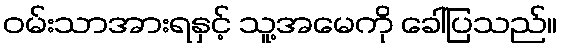
ဝမ်းသာအားရနှင့် သူ့အမေကို ခေါ်ပြသည်။